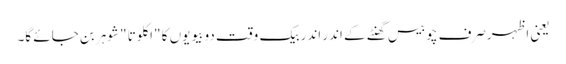
یعنی اظہرصرف چوبیس گھنٹے کے اندر اندر بیک وقت دو بیویوں کا "اکلوتا "شوہر بن جائے گا۔